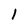
Character: l